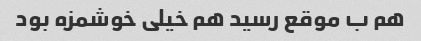
هم ب موقع رسید هم خیلی خوشمزه بود